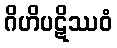
ဂိဟိပဋိဿဝံ